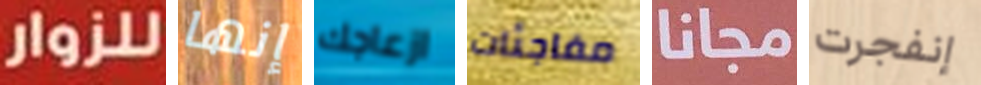
للزوار إنها ازعاجك مفاجئات مجانا إنفجرت